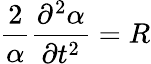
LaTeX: \frac{2}{\alpha}\frac{\partial^{2}\alpha}{\partial t^{2}}=R